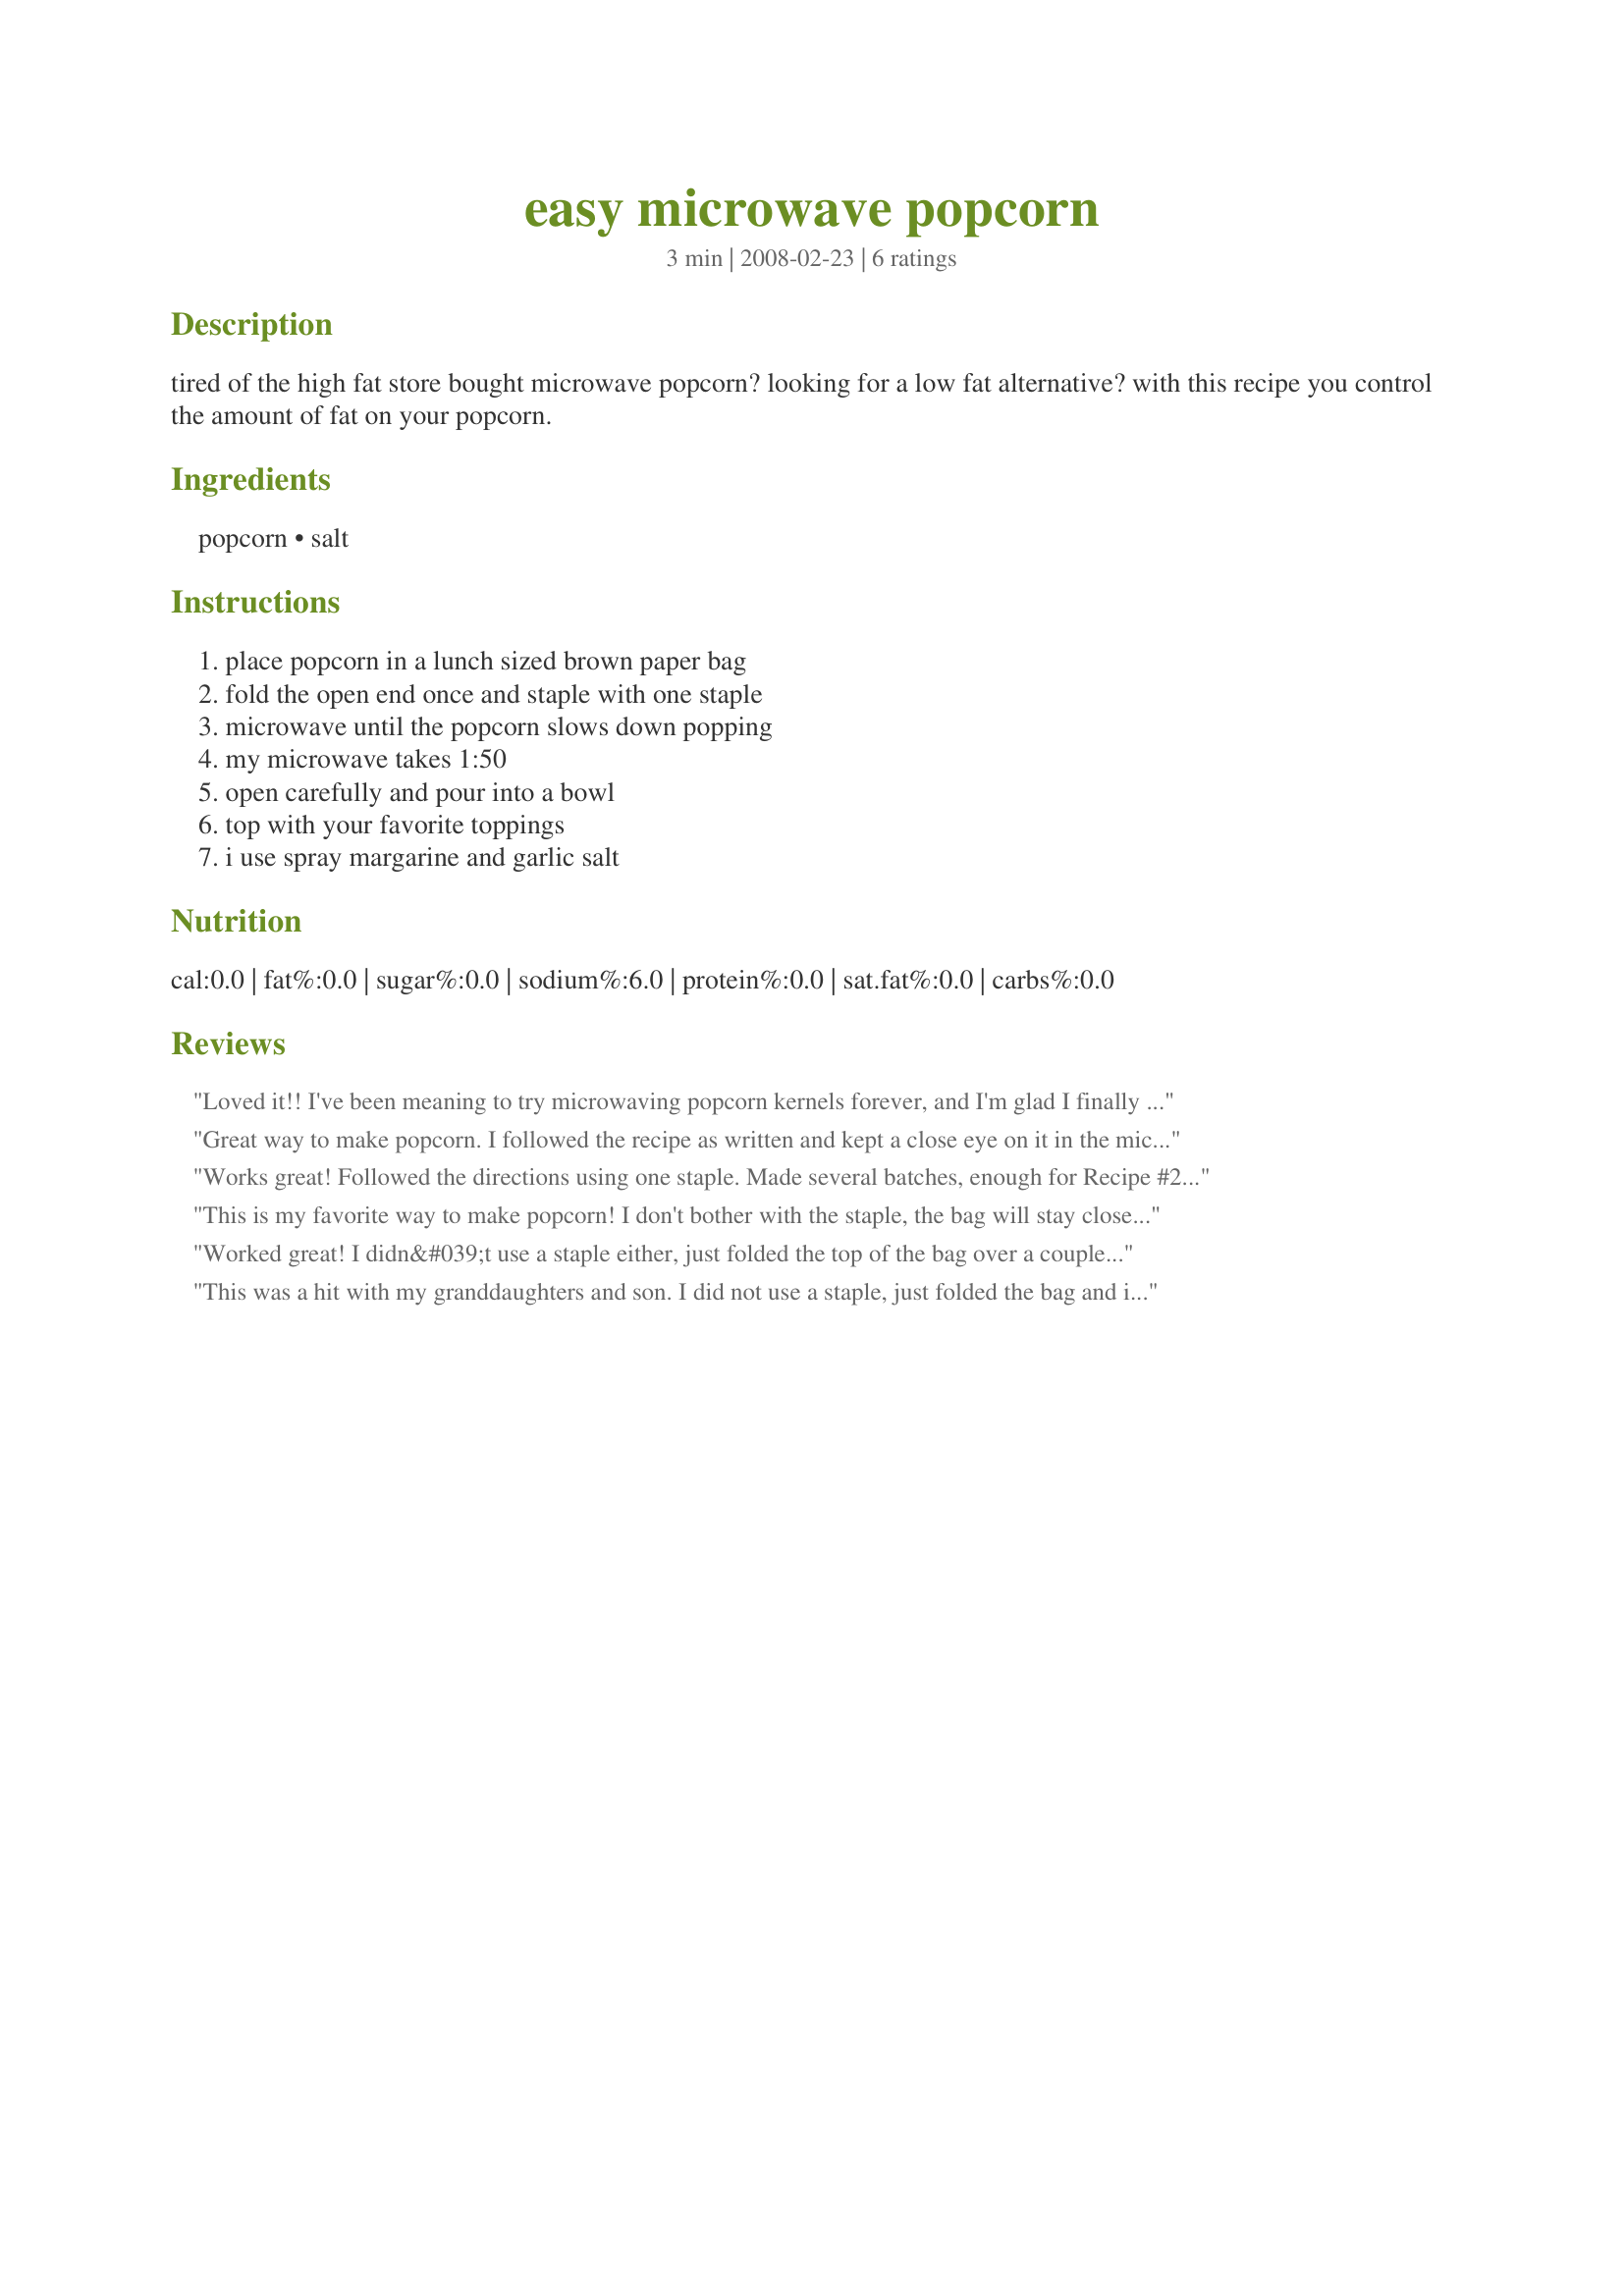
easy microwave popcorn
Preparation time: 3 minutes

tired of the high fat store bought microwave popcorn? looking for a low fat alternative? with this recipe you control the amount of fat on your popcorn.

Ingredients:
popcorn, salt

Steps:
place popcorn in a lunch sized brown paper bag, fold the open end once and staple with one staple, microwave until the popcorn slows down popping, my microwave takes 1:50, open carefully and pour into a bowl, top with your favorite toppings, i use spray margarine and garlic salt

Reviews:
Loved it!! I've been meaning to try microwaving popcorn kernels forever, and I'm glad I finally did. I used 3 Tbsp, since that was listed as a serving on the container I used (Orville). I initially set my microwave for 1:30, but there were still so many unpopped kernels that I put it in for another half a minute, then another minute, but in the middle of that some of it started to burn so I just stopped... I have to figure out the perfect balance between the amount of popcorn and the time in the microwave!! I think I probably had a Tbsp worth of kernels left over. I added straight salt and shook it in the bag -- didn't use a staple either, just folded over the top a few times. Thanks for posting!
Great way to make popcorn. I followed the recipe as written and kept a close eye on it in the microwave so not to burn. Mine took about a minute and forty five seconds to cook. I didn't put a staple on the bag as I was worried about that. I used a plastic paper clip and that worked fine. We added butter and salt when done cooking. Made for Fall PAC 2008.
Works great! Followed the directions using one staple. Made several batches, enough for Recipe #212011. Mine took around 2 minutes. Thanks for sharing the recipe!
This is my favorite way to make popcorn! I don't bother with the staple, the bag will stay closed if you fold it over a few times. I top my popcorn with a few squirts of I Can't Believe It's Not Butter Spray. This tastes so much better than store bought microwave popcorn and it's a lot cheaper.
Worked great! I didn&#039;t use a staple either, just folded the top of the bag over a couple of times.
This was a hit with my granddaughters and son. I did not use a staple, just folded the bag and it worked fine. They all wanted butter on their popcorn. It tasted so much better than store bought microwave popcorn and more economical too! It took my popcorn about 1 min 20 sec to pop. Thanks for posting, it was fun and delicious activity for us. Sue
